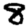
Digit: 8